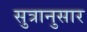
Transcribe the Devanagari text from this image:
सुत्रानुसार